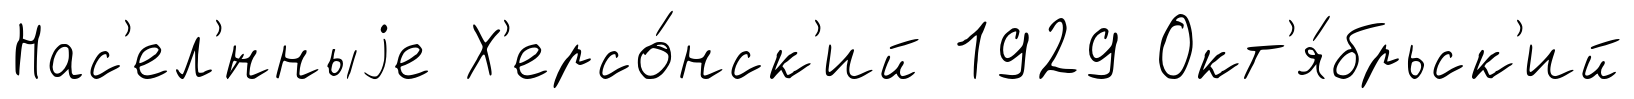
Нас'ел'́нныjе Х'ерсо́нск'ий 1929 Окт'я́брьск'ий